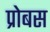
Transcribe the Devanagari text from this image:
प्रोबस